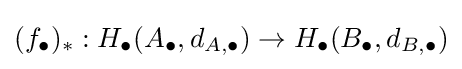
(f_{\bullet })_{*}:H_{\bullet }(A_{\bullet },d_{A,\bullet })\rightarrow H_{\bullet }(B_{\bullet },d_{B,\bullet })